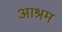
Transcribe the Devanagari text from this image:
अाश्रम